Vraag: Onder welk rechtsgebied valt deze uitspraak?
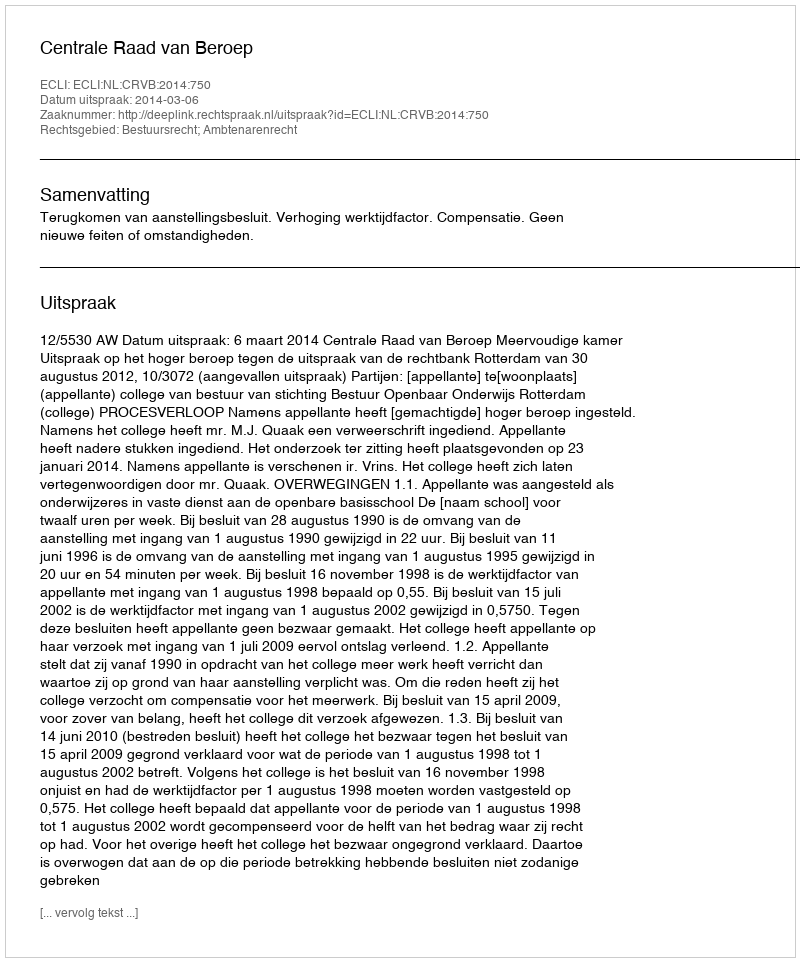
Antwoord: Bestuursrecht; Ambtenarenrecht